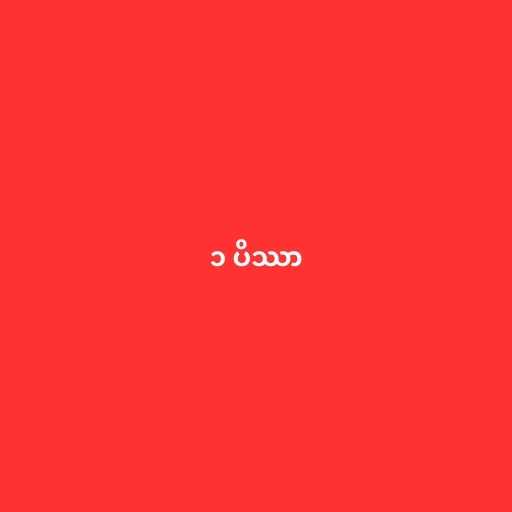
၁ ပိဿာ